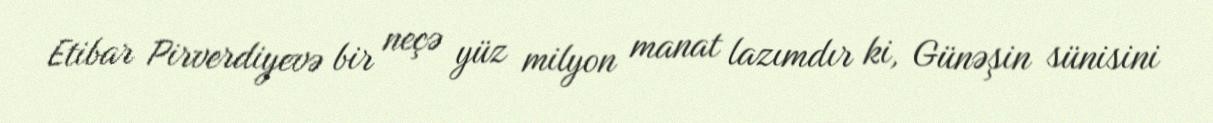
Etibar Pirverdiyevə bir neçə yüz milyon manat lazımdır ki, Günəşin sünisini